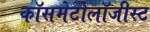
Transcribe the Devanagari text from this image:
कॉसमेटोलॉजीस्ट